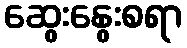
ဆွေးနွေးစရာ